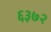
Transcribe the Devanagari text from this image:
६३७२